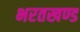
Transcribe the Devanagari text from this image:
भरतखण्ड